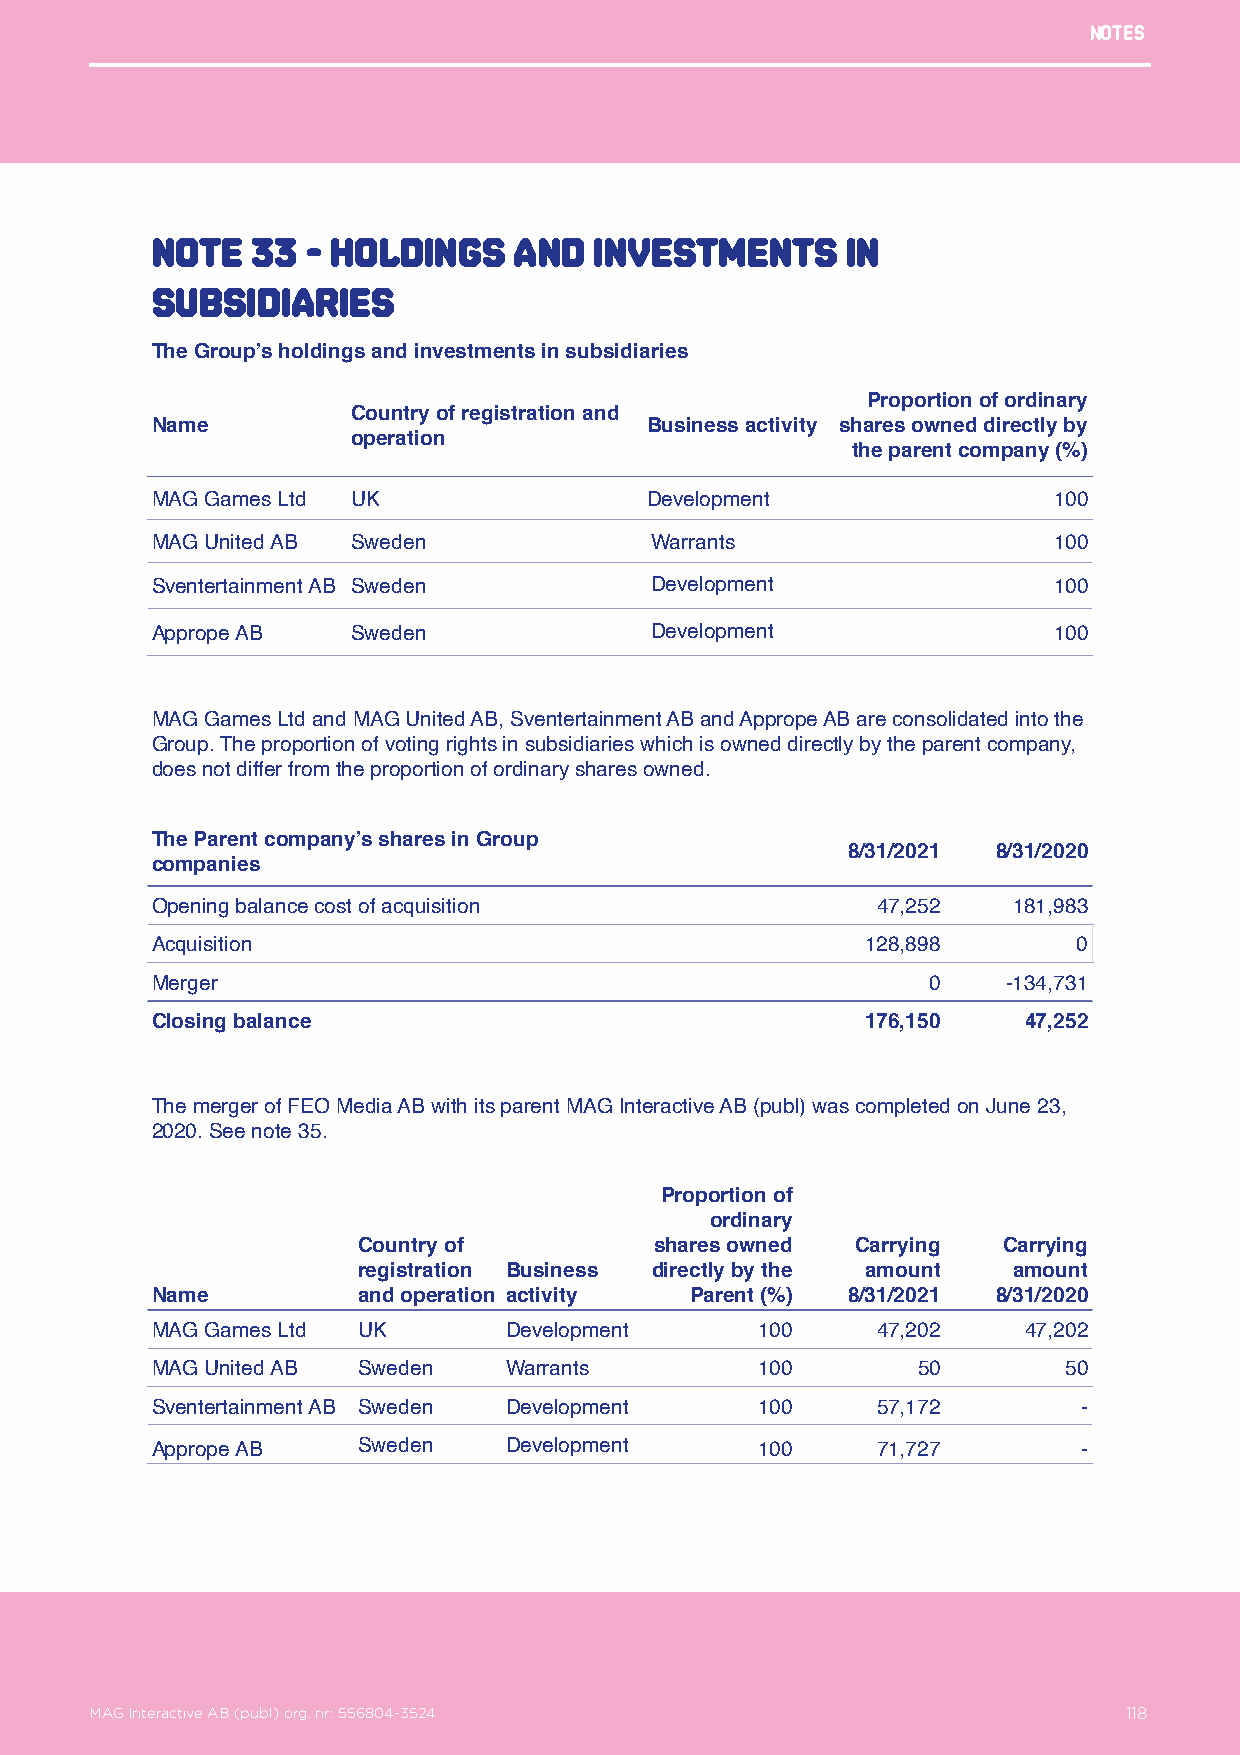
Notes
 NotE   33 - Holdings    and  investments      in
 subsidiaries
 The Group’s holdings and investments in subsidiaries
 Proportion of ordinary
 Country of registration and
 Name                             Business activity shares owned directly by
 operation
 the parent company (%)
 MAG Games Ltd UK                 Development                100
 MAG United AB Sweden             Warrants                   100
 Sventertainment AB Sweden        Development                100
 Apprope AB   Sweden              Development                100
 MAG Games Ltd and MAG United AB, Sventertainment AB and Apprope AB are consolidated into the
 Group. The proportion of voting rights in subsidiaries which is owned directly by the parent company,
 does not differ from the proportion of ordinary shares owned.
 The Parent company’s shares in Group
 8/31/2021 8/31/2020
 companies
 Opening balance cost of acquisition             47,252   181,983
 Acquisition                                    128,898       0
 Merger                                             0     -134,731
 Closing balance                                176,150    47,252
 The merger of FEO Media AB with its parent MAG Interactive AB (publ) was completed on June 23,
 2020. See note 35.
 Proportion of
 ordinary
 Country of         shares owned  Carrying Carrying
 registration Business directly by the amount amount
 Name          and operation activity Parent (%) 8/31/2021 8/31/2020
 MAG Games Ltd UK       Development      100     47,202    47,202
 MAG United AB Sweden   Warrants         100        50        50
 Sventertainment AB Sweden Development   100     57,172        -
 Apprope AB    Sweden   Development      100     71,727        -
 MAG Interactive AB (publ) org. nr: 556804-3524                  118
 MAG Interactive AB (publ) org. nr: 556804-3524                       118